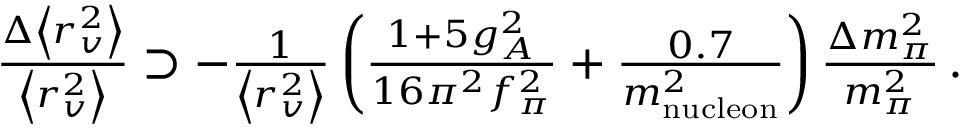
\begin{array} { r } { \frac { \Delta \left< r _ { v } ^ { 2 } \right> } { \left< r _ { v } ^ { 2 } \right> } \supset - \frac { 1 } { \left< r _ { v } ^ { 2 } \right> } \left( \frac { 1 + 5 g _ { A } ^ { 2 } } { 1 6 \pi ^ { 2 } f _ { \pi } ^ { 2 } } + \frac { 0 . 7 } { m _ { \mathrm { n u c l e o n } } ^ { 2 } } \right) \frac { \Delta m _ { \pi } ^ { 2 } } { m _ { \pi } ^ { 2 } } \, . } \end{array}